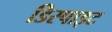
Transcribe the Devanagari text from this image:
डिस्पाइट